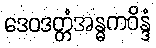
ဒေဝဒတ္တံအန္ဓကဝိန္ဒံ